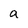
Character: a